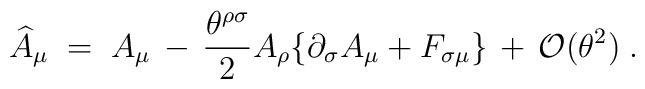
\widehat{A}_\mu \;=\; A_\mu \,-\, \frac{\theta^{\rho\sigma}}{2} A_\rho \{\partial_\sigma A_\mu + F_{\sigma\mu} \}\,+\,{\mathcal O}(\theta^2) \;.